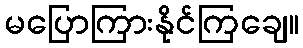
မပြောကြားနိုင်ကြချေ။